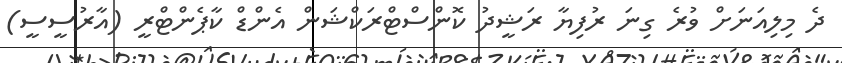
ދެ މިލިއަނަށް ވުރެ ގިނަ ރުފިޔާ ރަޝީދު ކޮންސްޓްރަކްޝަން އެންޑް ކާޕެންޓްރީ (އާރުސީސީ)